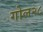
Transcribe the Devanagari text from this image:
गोल२८